system: You are a helpful assistant.
user:
Analyze the provided spectrum to determine if it is a **Carbon Star (C-type)**.

- **Key Visual Indicators of Carbon Star:**
    - **(Primary):** Strong molecular absorption from **C₂ (diatomic carbon) "Swan Bands."** This is the **defining feature** of a carbon star.
        - **(Key Bandheads):** Sharp absorption edges are visible at approximately $5635$ Å, $5165$ Å (the strongest band), and $4737$ Å.
        - **(Line Profile):** Creates a distinct **"saw-tooth"** pattern. The key morphology is a sharp, steep bandhead on the **red (long-wavelength) side**, which then gradually tapers off (i.e., flux recovers) towards the **blue (short-wavelength) side**. *(This is the direct opposite of the TiO bands seen in M-type stars)*.

    - **(Secondary):** Intense **CN (cyanogen)** molecular absorption bands.
        - **(Key Bandheads):** Located in the blue and violet regions of the spectrum (e.g., near $4215$ Å and $3883$ Å).
        - **(Morphology):** These bands are extremely broad and act as a "blanket," absorbing the vast majority of blue and violet light. This creates a characteristic **"cliff"** or **"steep drop-off"** in the spectrum's flux at short wavelengths.

    - **(Key Confirmation):** Strong **CH absorption band (G-band)**.
        - **(Key Bandhead):** Located around $4300$ Å. The contribution from CH molecules to this band is exceptionally strong.

    - **(Overall Spectrum):**
        - The continuum is severely "chopped up" by these deep molecular bands, especially C₂, rather than appearing as a smooth curve.
        - Due to the heavy CN and C₂ absorption in the blue-green, the vast majority of the star's flux is concentrated in the red part of the spectrum, giving the star its characteristic deep red color.

Think first, call **spectral_visualization_tool** if needed to examine features in detail, then provide your final answer. Your response must adhere to the following strict rules:
1.  **Overall Structure:** Your response must follow the format `<think>...</think> <tool_call>...</tool_call> (if a tool is used) <answer>...</answer>`.
2.  **Tool Usage Constraint:** You may only make **one** tool call per turn.
3.  **Final Answer Format:** In the `<answer>` tag, your conclusion must be inside a `\boxed{}` command (e.g., `\boxed{YES}`), followed by your justification.

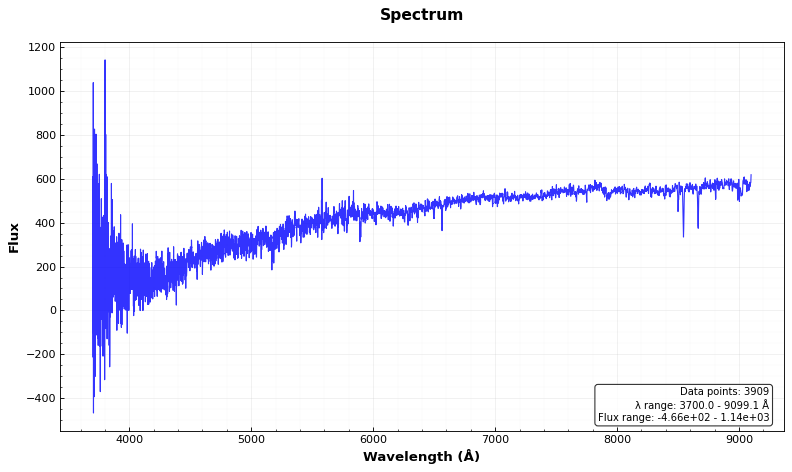
Answer: NO